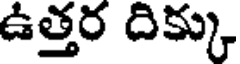
ఉత్తర దిక్కు